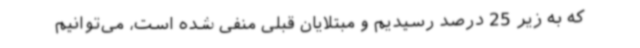
که به زیر 25 درصد رسیدیم و مبتلایان قبلی منفی شده است، می‌توانیم